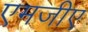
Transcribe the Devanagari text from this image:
एमजीए